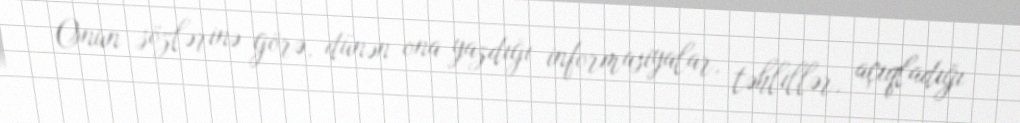
Onun sözlərinə görə, dünən ona yazdığı informasiyalar, təhlillər, açıqladığı